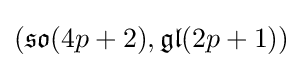
({\mathfrak {so}}(4p+2),{\mathfrak {gl}}(2p+1))